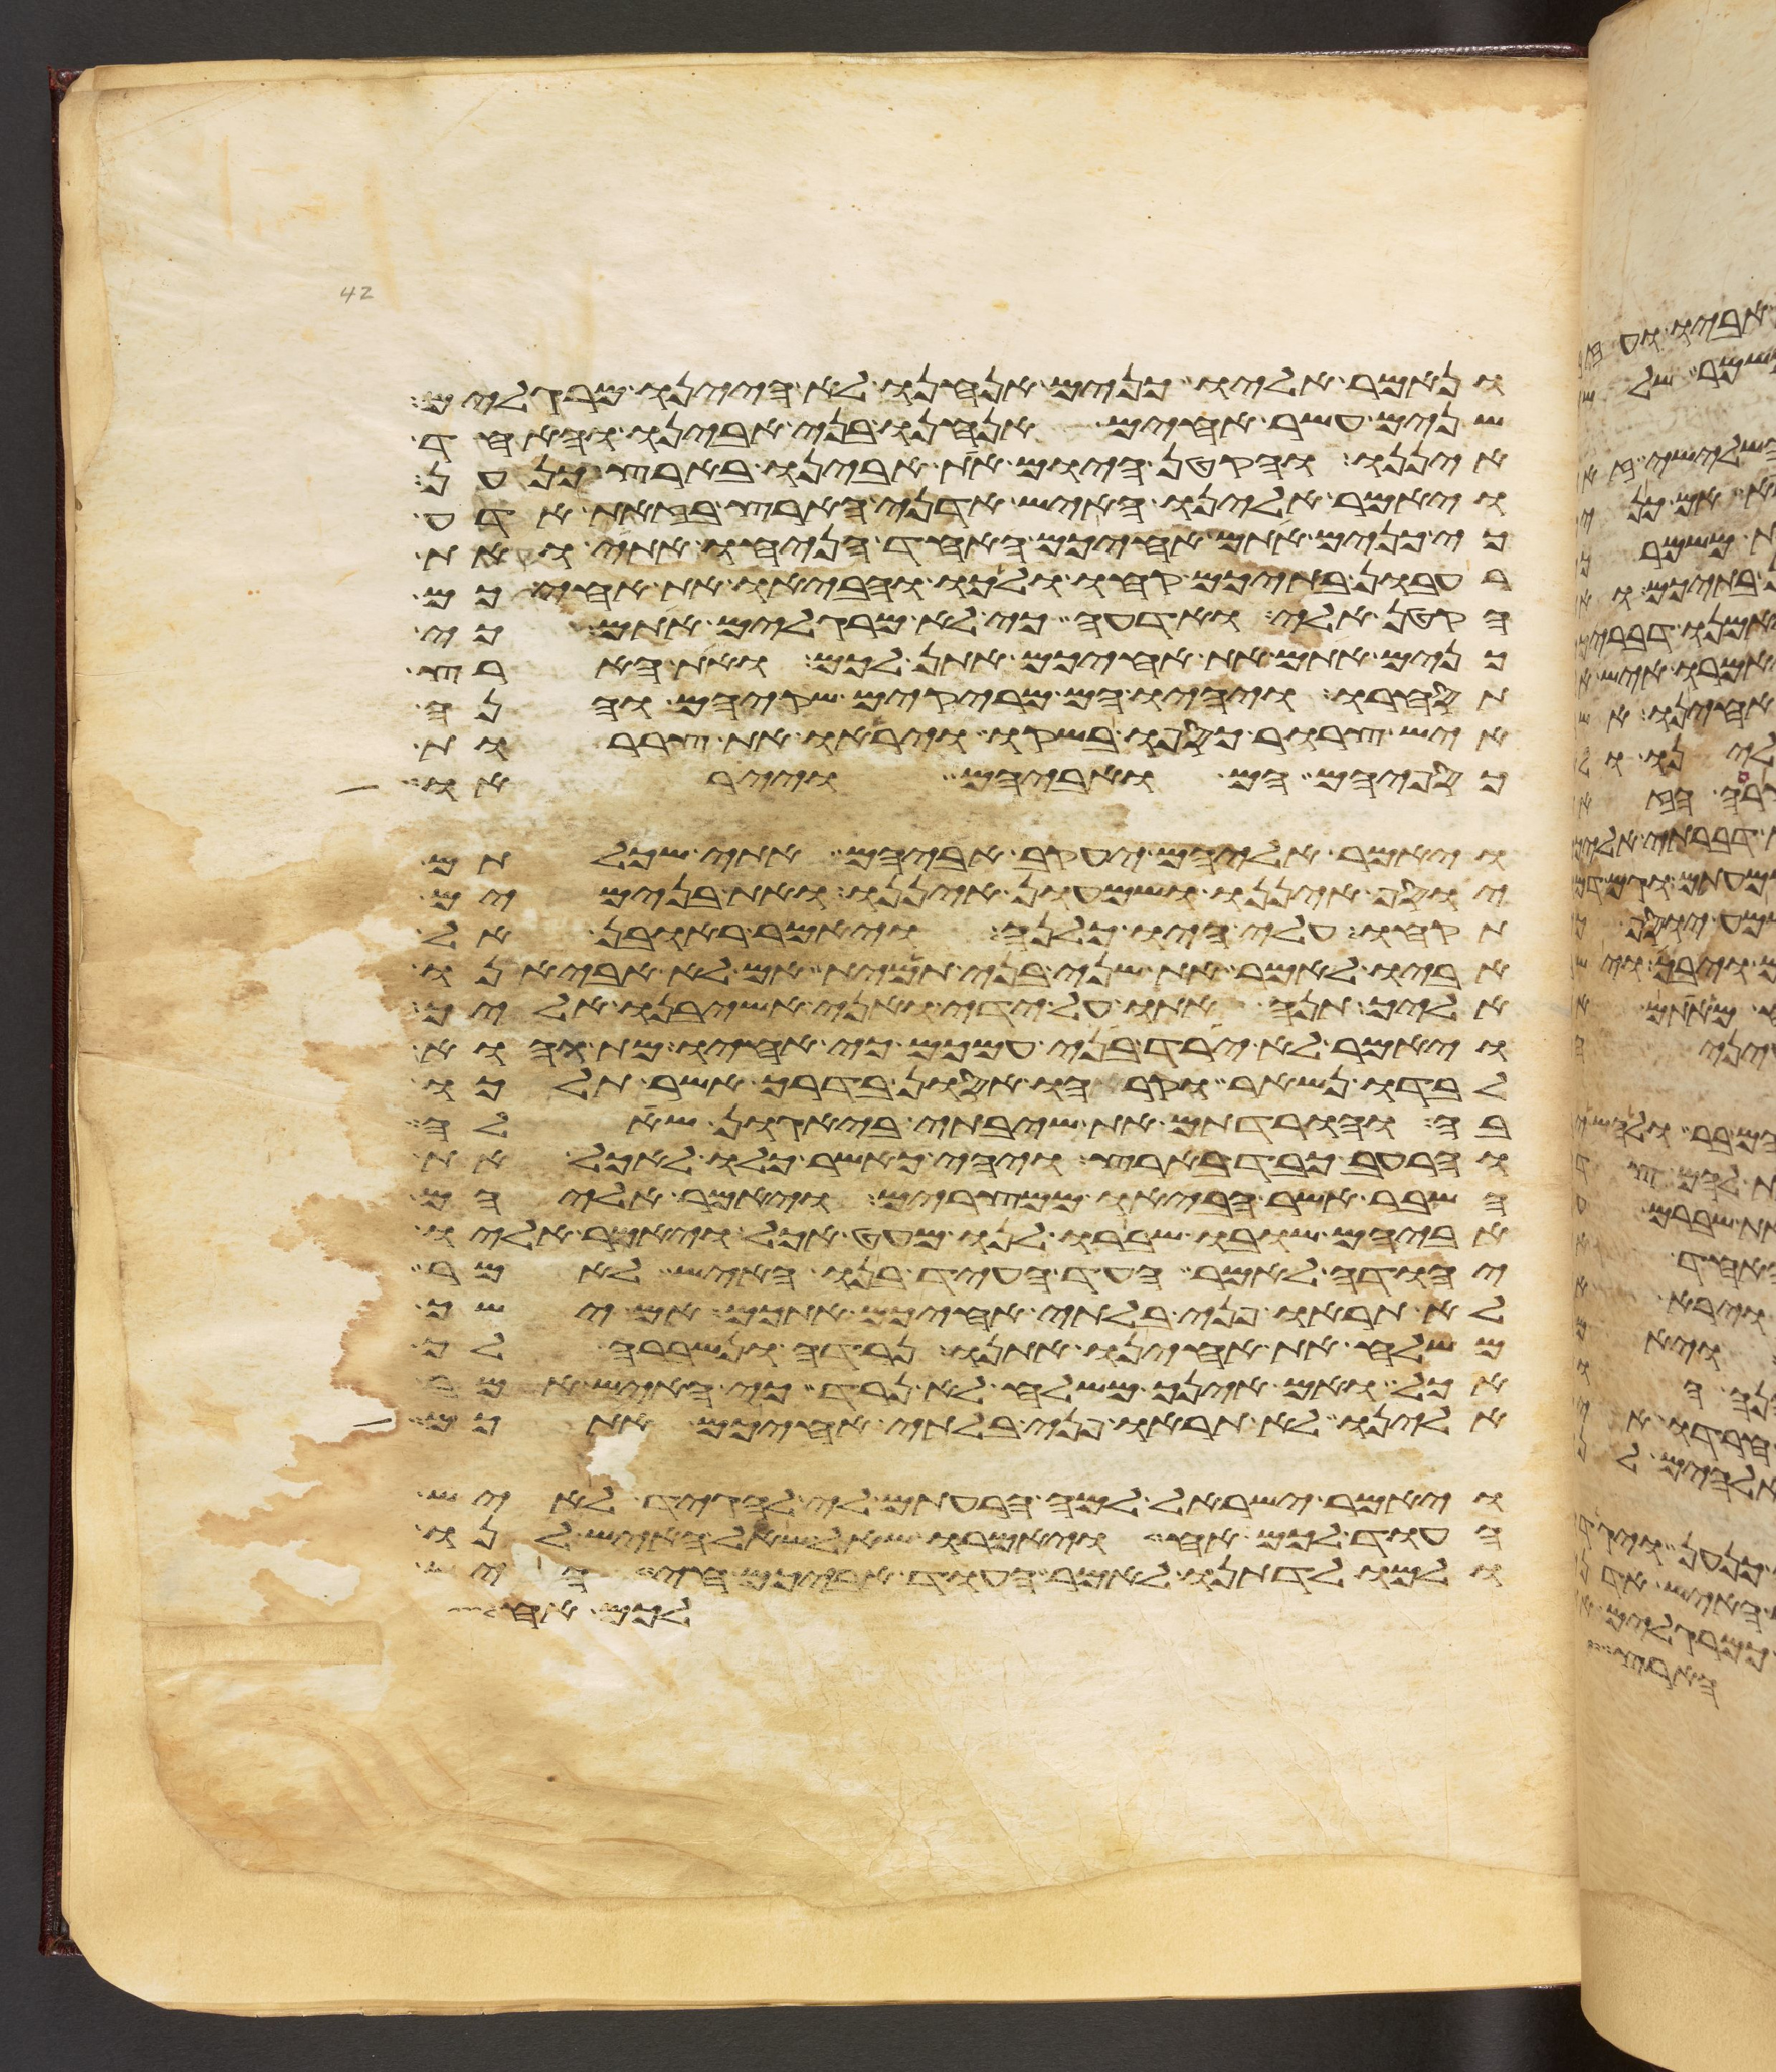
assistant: ונאמר אליו כנים אנחנו לא היינו מרגלים
שנים עשר אחים אנחנו בני אבינו והאחד
איננו והקטן היום את אבינו בארץ כנען
ויאמר אלינו האיש אדני הארץ בזאת אדע
כי כנים אתם אחיכם האחד הניחו אתי ואת
רעבון בתיכם קחו ולכו והביאו את אחיכם
הקטן אלי ואדעה כי לא מרגלים אתם כי
כנים אתם את אחיכם אתן לכם ואת הארץ
תסחרו ויהיו הם מריקים שקיהם והנה
איש צרור כספו בשקו ויראו את צררות
כספיהם הם ואביהם וייראו
ויאמר אליהם יעקב אביהם אתי שכלתם
יוסף איננו ושמעון איננו ואת בנימים
תקחו עלי היו כלנה ויאמר ראובן אל
אביו לאמר את שני בני תמית אם לא אביאנו
אליך תנה אתו על ידי ואני אשיבנו אליך
ויאמר לא ירד בני עמכם כי אחיו מת והוא
לבדו נשאר וקראהו אסון בדרך אשר תלכו
בה והורדתם את שיבתי ביגון שאלה
והרעב כבד בארץ ויהי כאשר כלו לאכל את
השבר אשר הביאו ממצרים ויאמר אליהם
אביהם שובו ושברו לנו מעט אכל ויאמר אליו
יהודה לאמר העד העד בנו האיש לאמר
לא תראו פני בלתי אחיכם אתכם אם ישך
משלח את אחינו אתנו נרדה ונשברה לך
אכל ואם אינך משלח לא נרד כי האיש אמר
אלינו לא תראו פני בלתי אחיכם אתכם
ויאמר ישראל למה הרעתם לי להגיד לאיש
העוד לכם אח ויאמרו שאל שאל האיש לנו
ולמולדתנו לאמר העוד אביכם חי היש
לכם אח